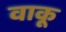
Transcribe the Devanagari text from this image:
वाकू